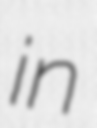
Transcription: in